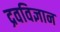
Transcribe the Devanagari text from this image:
द्रवविज्ञान